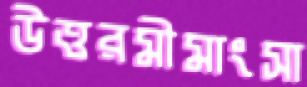
উত্তরমীমাংসা